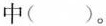
中()。